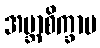
အဗ္ဘာစိက္ခာမ